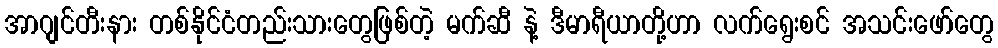
အာဂျင်တီးနား တစ်နိုင်ငံတည်းသားတွေဖြစ်တဲ့ မက်ဆီ နဲ့ ဒီမာရီယာတို့ဟာ လက်ရွေးစင် အသင်းဖော်တွေ